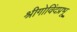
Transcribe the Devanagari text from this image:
श्रीगोविंदप्रभू